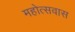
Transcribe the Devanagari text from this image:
महोत्सवास